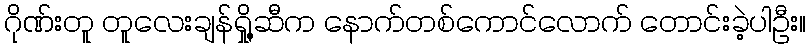
ဂိုဏ်းတူ တူလေးချန်ရှို့ဆီက နောက်တစ်ကောင်လောက် တောင်းခဲ့ပါဦး။